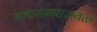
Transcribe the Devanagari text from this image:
नाथसागराजवळ